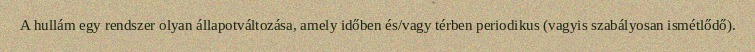
A hullám egy rendszer olyan állapotváltozása, amely időben és/vagy térben periodikus (vagyis szabályosan ismétlődő).